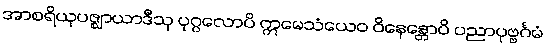
အာစရိယုပဇ္ဈာယာဒီသု ပုဂ္ဂလောပိ ဣမေသံယေဝ ဝိနေန္တောပိ ပညာပုဗ္ဗင်္ဂမံ